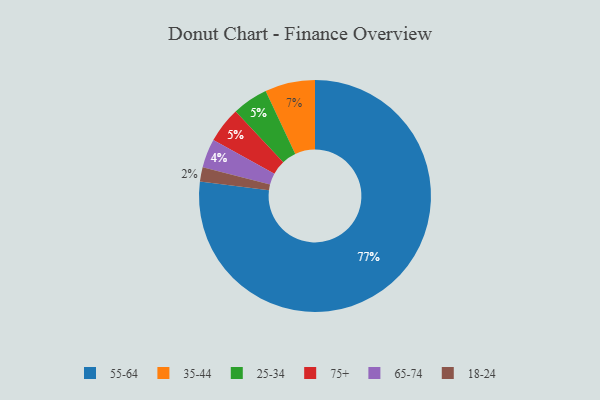
{"axis": {"x": "Category", "y": "Percentage"}, "legend": ["18-24", "25-34", "35-44", "55-64", "65-74", "75+"], "data": [{"x": "18-24", "y": 2, "type": "18-24"}, {"x": "55-64", "y": 77, "type": "55-64"}, {"x": "35-44", "y": 7, "type": "35-44"}, {"x": "25-34", "y": 5, "type": "25-34"}, {"x": "65-74", "y": 4, "type": "65-74"}, {"x": "75+", "y": 5, "type": "75+"}]}